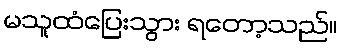
မသူထံပြေးသွား ရတော့သည်။